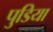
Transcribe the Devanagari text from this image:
पुडिया